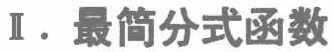
Ⅱ. 最简分式函数